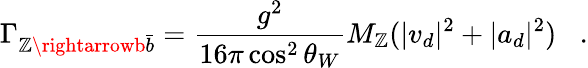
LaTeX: \Gamma_{\mathbb{Z}\rightarrowb\bar{{b}}}=\frac{{g^{2}}}{{16\pi\cos^{2}\theta_{W}}}M_{\mathbb{Z}}(|v_{d}|^{2}+|a_{d}|^{2})\; \; \; .